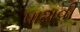
પાશવી